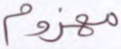
مهزوم